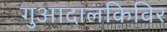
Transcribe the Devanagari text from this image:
गुआदालकिविर